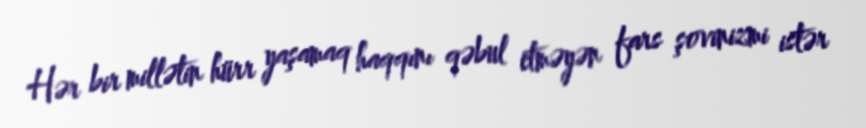
Hər bir millətin hürr yaşamaq haqqını qəbul etməyən fars şovinizmi istər